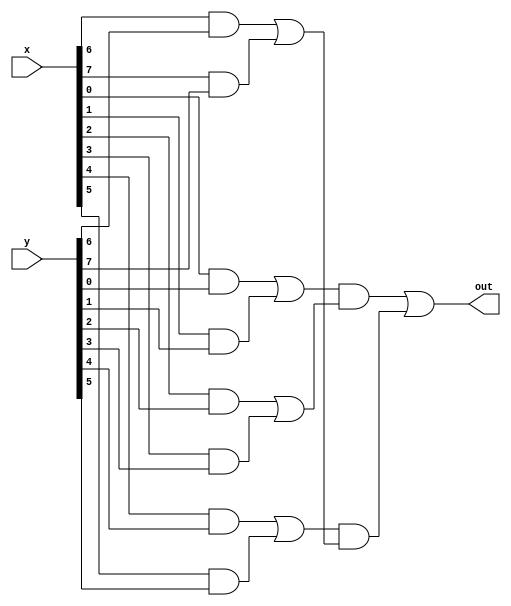
module complex(
	input [7:0] x,
	input [7:0] y,
	output out
);

wire [9:0] and_outputs;
wire [4:0] or_outputs;

genvar i;
generate
	for(i = 0; i < 8; i = i + 1)
	begin: and_1st_row
		assign and_outputs[i] = x[i] & y[i];
	end
	
	for(i = 0; i < 4; i = i + 1)
	begin: or_2nd_row
		assign or_outputs[i] = and_outputs[2 * i] | and_outputs[2 * i + 1];
	end

	assign and_outputs[8] = or_outputs[0] & or_outputs[1];
	assign and_outputs[9] = or_outputs[2] & or_outputs[3];
	
	assign or_outputs[4] = and_outputs[8] | and_outputs[9];

endgenerate

assign out = or_outputs[4];
endmodule